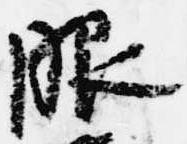
服